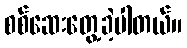
စစ်ဆေးတွေ့ခဲ့ပါတယ်။